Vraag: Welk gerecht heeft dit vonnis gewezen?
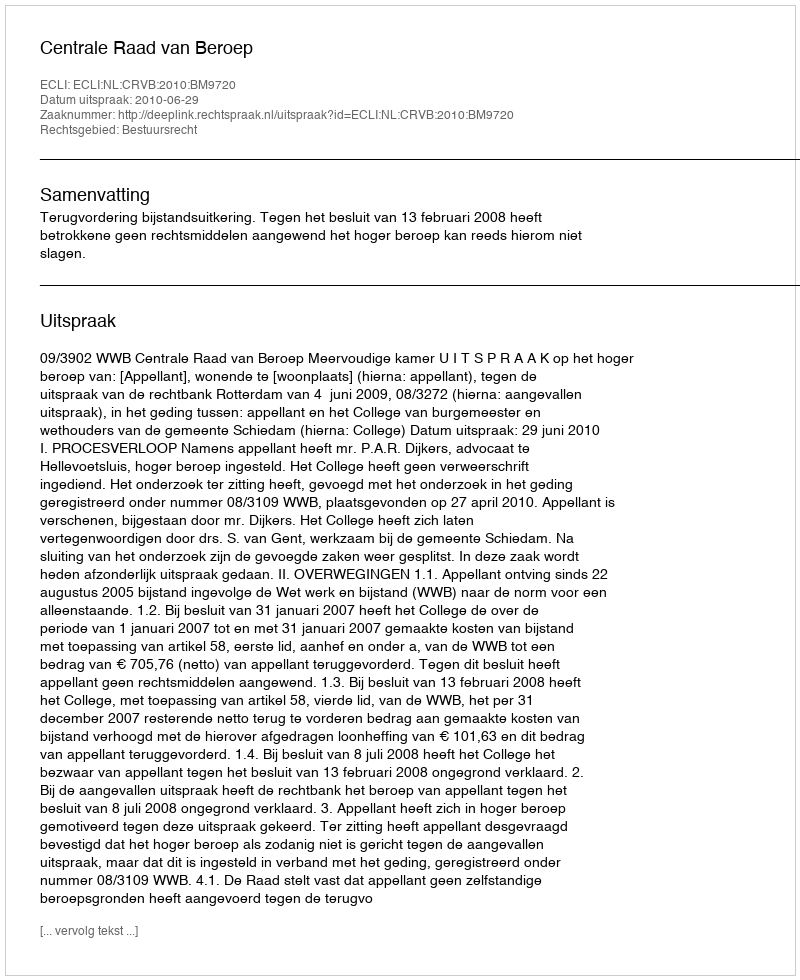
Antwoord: Centrale Raad van Beroep